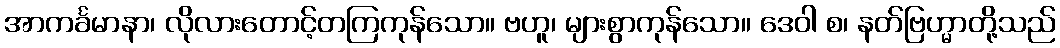
အာကင်္ခမာနာ၊ လိုလားတောင့်တကြကုန်သော။ ဗဟူ၊ များစွာကုန်သော။ ဒေဝါ စ၊ နတ်ဗြဟ္မာတို့သည်